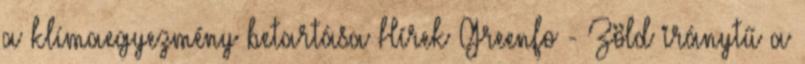
a klímaegyezmény betartása Hírek Greenfo - Zöld iránytű a